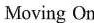
Moving On